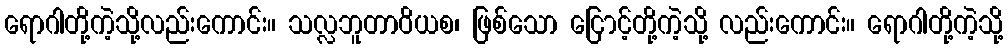
ရောဂါတို့ကဲ့သို့လည်းကောင်း။ သလ္လဘူတာဝိယစ၊ ဖြစ်သော ငြောင့်တို့ကဲ့သို့ လည်းကောင်း။ ရောဂါတို့ကဲ့သို့